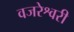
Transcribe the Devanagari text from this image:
वजरेश्वरी